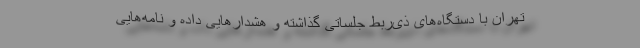
تهران با دستگاه‌های ذی‌ربط جلساتی گذاشته و هشدارهایی داده و نامه‌هایی